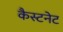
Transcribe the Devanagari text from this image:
कैस्टनेट